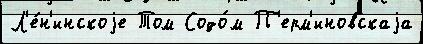
Л'е́н'инскоjе Том Содо́м П'ерм'иновскаjа